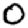
Digit: 0